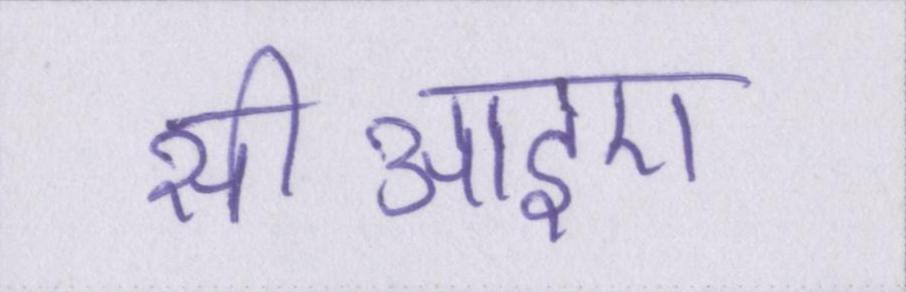
सीआइए